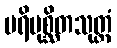
ပရိပုစ္ဆိတသုတ္တံ